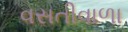
વસતીવાળા